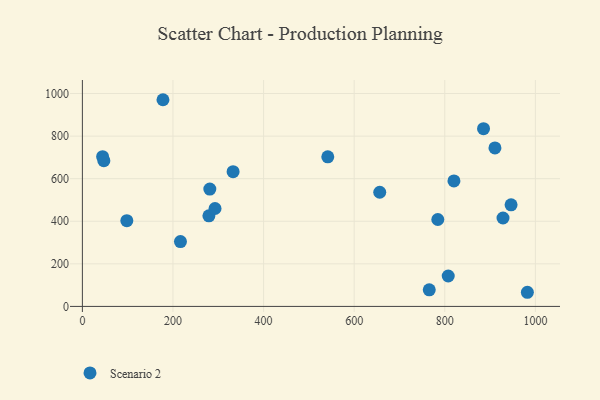
{"axis": {"x": "Price", "y": "Fuel Efficiency"}, "legend": ["Scenario 2"], "data": [{"x": "982.3", "y": 66.4, "type": "Scenario 2"}, {"x": "784.6", "y": 408.3, "type": "Scenario 2"}, {"x": "820.2", "y": 589.3, "type": "Scenario 2"}, {"x": "928.5", "y": 415.3, "type": "Scenario 2"}, {"x": "216.5", "y": 304.4, "type": "Scenario 2"}, {"x": "910.7", "y": 744.3, "type": "Scenario 2"}, {"x": "44.7", "y": 703.3, "type": "Scenario 2"}, {"x": "279.3", "y": 425.6, "type": "Scenario 2"}, {"x": "807.6", "y": 142.8, "type": "Scenario 2"}, {"x": "541.7", "y": 702.9, "type": "Scenario 2"}, {"x": "765.7", "y": 77.7, "type": "Scenario 2"}, {"x": "98.1", "y": 402.8, "type": "Scenario 2"}, {"x": "946.3", "y": 477.0, "type": "Scenario 2"}, {"x": "332.7", "y": 633.1, "type": "Scenario 2"}, {"x": "292.8", "y": 460.0, "type": "Scenario 2"}, {"x": "885.5", "y": 835.0, "type": "Scenario 2"}, {"x": "47.4", "y": 684.4, "type": "Scenario 2"}, {"x": "281.3", "y": 551.1, "type": "Scenario 2"}, {"x": "177.9", "y": 970.9, "type": "Scenario 2"}, {"x": "656.4", "y": 536.3, "type": "Scenario 2"}]}